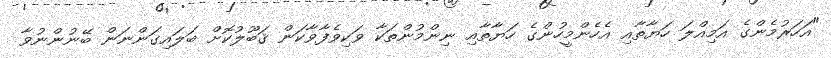
"އަހަރުމެންގެ އަމިއްލަ ހަޔާތާއި އެހެންމީހުންގެ ހަޔާތާއި ނިންމުންތަކާ ވަކިވެފާވާކަން ޤަބޫލުކޮށް ބަލައިގަންނަން ބޭނުންނުވާ